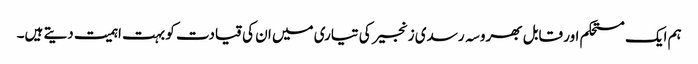
ہم ایک مستحکم اور قابل بھروسہ رسدی زنجیر کی تیاری میں ان کی قیادت کو بہت اہمیت دیتے ہیں۔